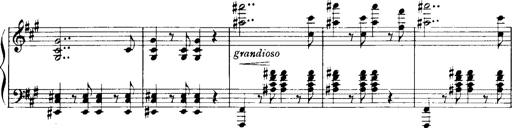
Title: Historische ungarische Bildnisse
Composer: Franz Liszt